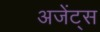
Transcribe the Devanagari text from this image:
अजेंट्स